Annual report of the Punjab Veterinary College and of the Civil Veterinary Department, Punjab - 1909-1919
Year: 1909
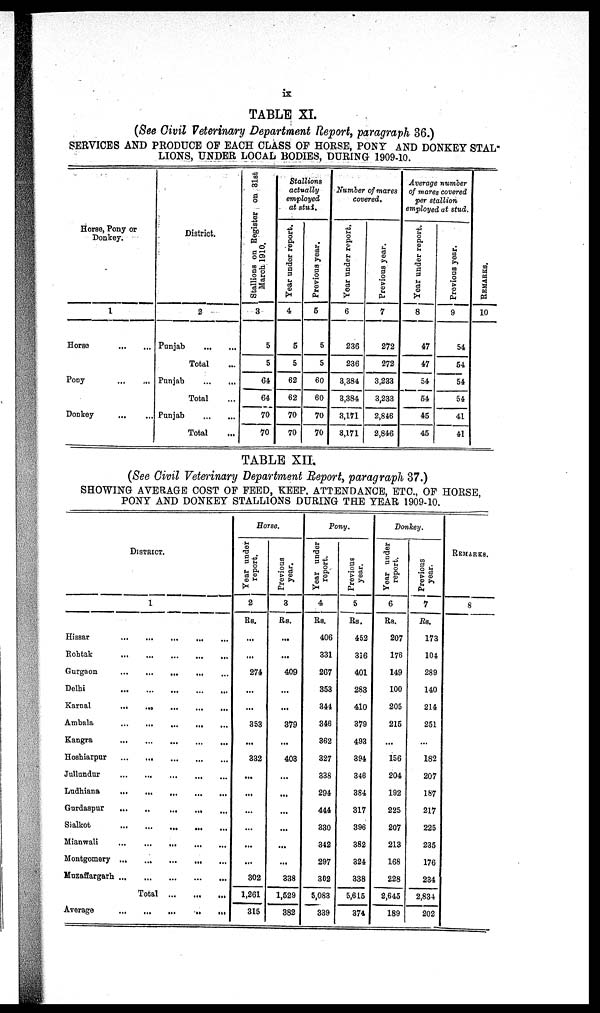
ix
TABLE XI.
(See Civil Veterinary Department Report, paragraph 36.)
SERVICES AND PRODUCE OF EACH CLASS OF HORSE, PONY AND DONKEY STAL-
LIONS, UNDER LOCAL BODIES, DURING 1909-10.
Horse, Pony or
Donkey.
1
Horse
…
…
Pony … …
Donkey … …
District.
2
Punjab
…
…
Total …
Punjab
…
…
Total ...
Punjab
…
…
Total ...
Stallions on Register on 31st
March 1910.
3
5
5
64
64
70
70
Stallions
actually
employed
at stud.
Year under report.
4
5
5
62
62
70
70
Previous year.
5
5
5
60
60
70
70
Number of mares
covered.
Year
under report.
6
236
236
3,384
3,384
3,171
3,171
Previous year.
7
272
272
3,233
3,233
2,846
2,846
Average number
of mares covered
per stallion
employed at stud.
Year under report.
8
47
47
54
54
45
45
Previous year.
9
54
54
54
54
41
41
REMARKS .
10
TABLE XII.
(See Civil Veterinary Department Report, paragraph 37.)
SHOWING AVERAGE COST OF FEED, KEEP, ATTENDANCE, ETC., OF HORSE,
PONY AND DONKEY STALLIONS DURING THE YEAR 1909-10.
DISTRICT.
1
Hissar
…
…
…
…
...
Rohtak
…
…
…
…
...
Gurgaon
…
…
…
…
...
Delhi
…
…
…
…
…
Karnal
…
…
…
…
…
Ambala
…
…
…
…
…
Kangra
…
…
…
…
…
Hoshiarpur
…
…
…
…
…
Jullandur
…
…
…
…
Ludhiana
…
…
…
…
…
Gurdaspur
…
…
…
…
…
Sialkot
... … … … …
Mianwali
…
…
…
…
…
Montgomery
…
…
…
…
…
Muzaffargarh
…
…
…
…
…
Total … … …
Average
…
…
…
…
…
Horse.
Year under
report.
2
Rs.
...
...
274
...
...
353
...
332
...
...
...
...
...
...
302
1,261
315
Previous
year.
3
Rs.
...
...
409
...
...
379
...
403
...
...
...
...
...
...
338
1,529
382
Pony.
Year under
report.
4
Rs.
406
331
267
353
344
346
362
327
338
294
444
330
342
297
302
5,083
339
Previous
year.
5
Rs.
452
316
401
283
410
379
493
394
346
384
317
396
382
324
338
5,615
374
Donkey.
Year under
report.
6
Rs.
207
176
149
100
205
215
...
156
204
192
225
207
213
168
228
2,645
189
Previous
year.
7
Rs.
173
104
289
140
214
251
...
182
207
187
217
225
235
176
234
2,834
202
REMARKS.
8